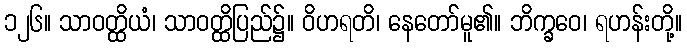
၁၂၆။ သာဝတ္ထိယံ၊ သာဝတ္ထိပြည်၌။ ဝိဟရတိ၊ နေတော်မူ၏။ ဘိက္ခဝေ၊ ရဟန်းတို့။